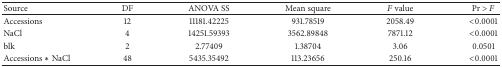
<table><thead><tr><td><b>Source</b></td><td><b>DF</b></td><td><b>ANOVA SS</b></td><td><b>Mean square</b></td><td><b><i>F</i> value</b></td><td><b>Pr &gt; <i>F</i></b></td></tr></thead><tbody><tr><td>Accessions</td><td>12</td><td>11181.42225 </td><td>931.78519 </td><td>2058.49</td><td>&lt;0.0001</td></tr><tr><td>NaCl</td><td>4</td><td>14251.59393 </td><td>3562.89848 </td><td>7871.12</td><td>&lt;0.0001</td></tr><tr><td>blk</td><td>2</td><td>2.77409 </td><td>1.38704 </td><td>3.06 </td><td>0.0501</td></tr><tr><td>Accessions ∗ NaCl</td><td>48</td><td>5435.35492 </td><td>113.23656 </td><td>250.16</td><td>&lt;0.0001</td></tr></tbody></table>